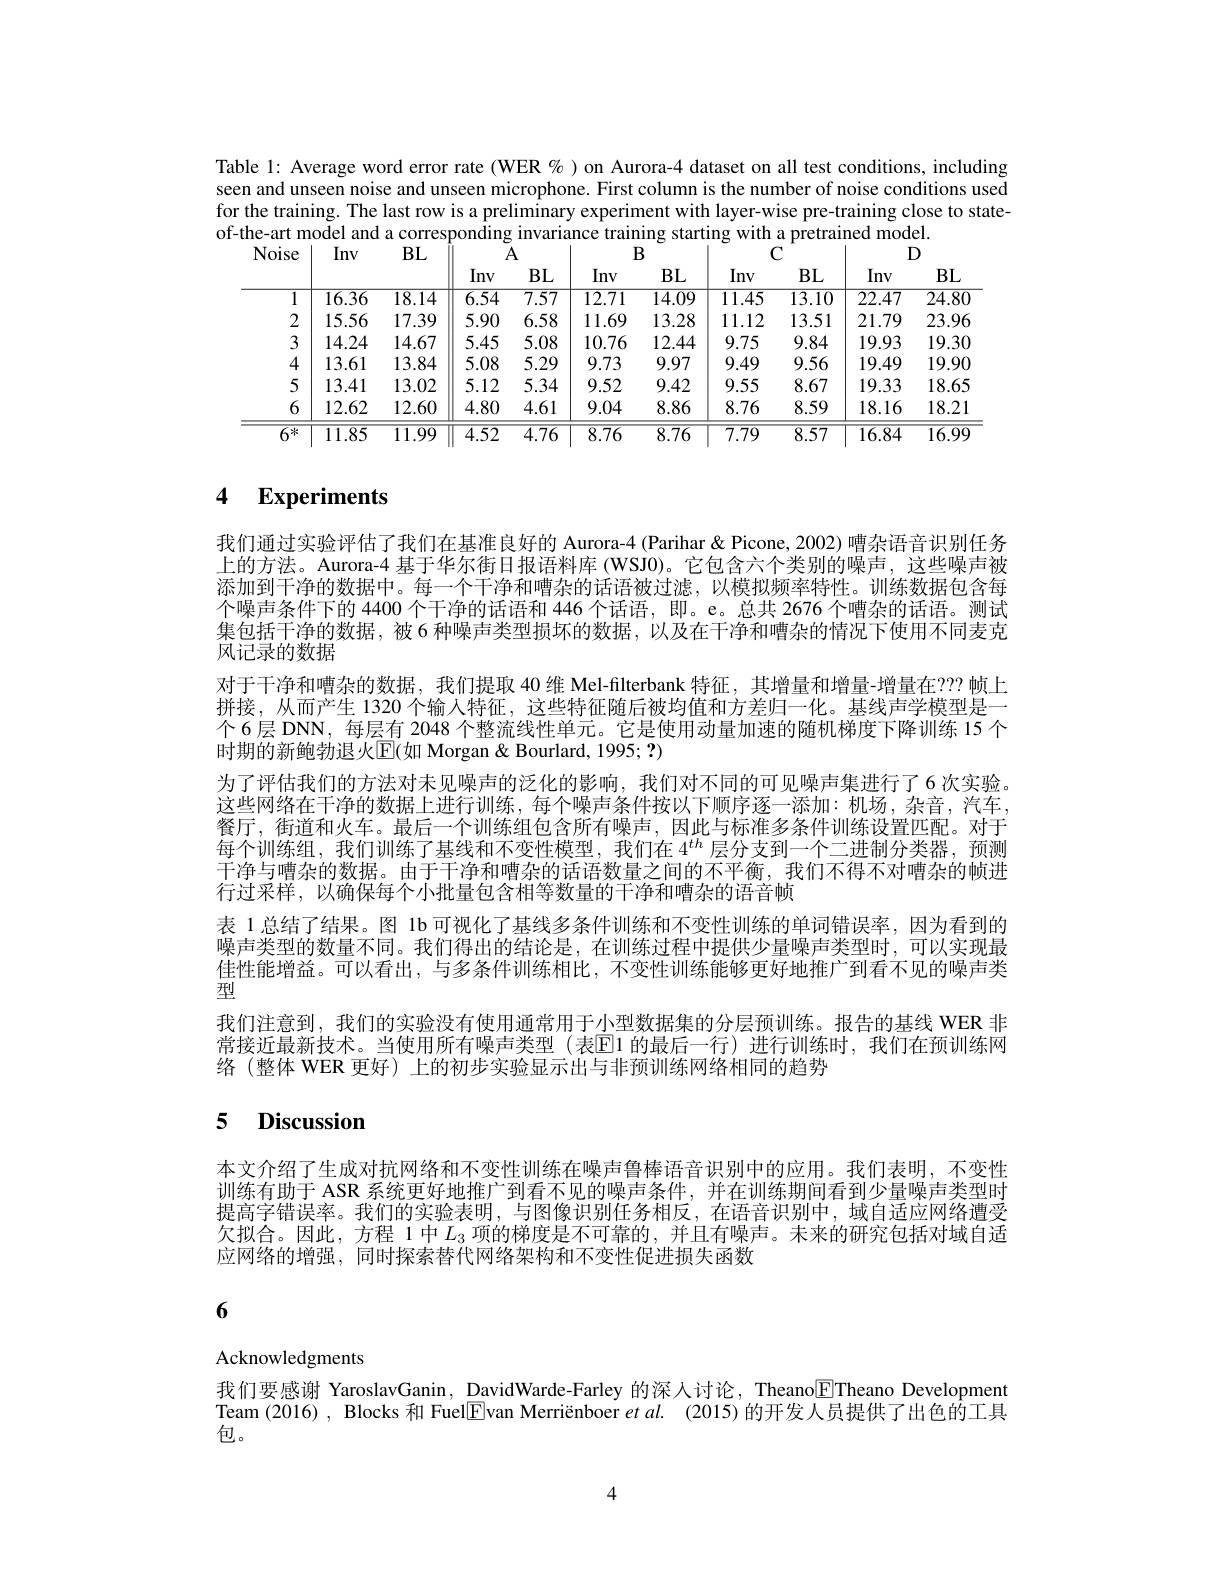
Table 1: Average word error rate (WER $\%$ ) on Aurora-4 dataset on all test conditions, including seen and unseen noise and unseen microphone. First column is the number of noise conditions used for the training. The last row is a preliminary experiment with layer-wise pre-training close to stateof-the-art model and a corresponding invariance training starting with a pretrained model

<table>
	<tbody>
		<tr>
			<th rowspan="2">Noise</th>
			<th rowspan="2">Inv</th>
			<th rowspan="2">$BL$</th>
			<th colspan="2">A</th>
			<th colspan="2">$B$</th>
			<th colspan="2">$C$</th>
			<th colspan="2">$D$</th>
		</tr>
		<tr>
			<th>Inv</th>
			<th>$BL$</th>
			<th>Inv</th>
			<th>$BL$</th>
			<th>Inv</th>
			<th>$BL$</th>
			<th>Inv</th>
			<th>$BL$</th>
		</tr>
		<tr>
			<td>1</td>
			<td>$\overline{16.36}$</td>
			<td>18.14</td>
			<td>$\overline{6.54}$</td>
			<td>$\overline{7.57}$</td>
			<td>12.71</td>
			<td>$\overline{14.09}$</td>
			<td>$\overline{11.45}$</td>
			<td>$\overline{13.10}$</td>
			<td>22.47</td>
			<td>$\overline{24.80}$</td>
		</tr>
		<tr>
			<td>2</td>
			<td>15.56</td>
			<td>17.39</td>
			<td>5.90</td>
			<td>6.58</td>
			<td>11.69</td>
			<td>13.28</td>
			<td>11.12</td>
			<td>13.51</td>
			<td>21.79</td>
			<td>23.96</td>
		</tr>
		<tr>
			<td>3</td>
			<td>14.24</td>
			<td>14.67</td>
			<td>5.45</td>
			<td>5.08</td>
			<td>10.76</td>
			<td>12.44</td>
			<td>9.75</td>
			<td>9.84</td>
			<td>19.93</td>
			<td>19.30</td>
		</tr>
		<tr>
			<td>4</td>
			<td>13.61</td>
			<td>13.84</td>
			<td>5.08</td>
			<td>5.29</td>
			<td>9.73</td>
			<td>9.97</td>
			<td>9.49</td>
			<td>9.56</td>
			<td>19.49</td>
			<td>19.90</td>
		</tr>
		<tr>
			<td>5</td>
			<td>13.41</td>
			<td>13.02</td>
			<td>5.12</td>
			<td>5.34</td>
			<td>9.52</td>
			<td>9.42</td>
			<td>9.55</td>
			<td>8.67</td>
			<td>19.33</td>
			<td>18.65</td>
		</tr>
		<tr>
			<td>6</td>
			<td>12.62</td>
			<td>12.60</td>
			<td>4.80</td>
			<td>4.61</td>
			<td>9.04</td>
			<td>8.86</td>
			<td>8.76</td>
			<td>8.59</td>
			<td>18.16</td>
			<td>18.21</td>
		</tr>
		<tr>
			<td>6米 </td>
			<td>$\overline{11.85}$</td>
			<td>$\overline{11.99}$</td>
			<td>$\overline{4.52}$</td>
			<td>$\overline{4.76}$</td>
			<td>$\overline{8.76}$</td>
			<td>$\overline{8.76}$</td>
			<td>$\overline{7.79}$</td>
			<td>$\overline{8.57}$</td>
			<td>$\overline{16.84}$</td>
			<td>$\overline{16.99}$</td>
		</tr>
	</tbody>
</table>

## 4 $\textbf{Experiments}$

我们通过实验评估了我们在基准良好的 Aurora-4 (Parihar & Picone, 2002) 嘈杂语音识别任务上的方法。Aurora-4 基于华尔街日报语料库 (WSJ0)。它包含六个类别的噪声，这些噪声被添加到干净的数据中。每一个干净和嘈杂的话语被过滤，以模拟频率特性。训练数据包含每个噪声条件下的 4400 个干净的话语和 446 个话语，即。e。总共 2676 个嘈杂的话语。测试集包括干净的数据，被 6 种噪声类型损坏的数据，以及在干净和嘈杂的情况下使用不同麦克风记录的数据
对于干净和嘈杂的数据，我们提取 40 维 Mel-filterbank 特征，其增量和增量-增量在？?? 帧上拼接，从而产生 1320 个输入特征，这些特征随后被均值和方差归一化。基线声学模型是一个6层 DNN, 每层有 2048 个整流线性单元。它是使用动量加速的随机梯度下降训练 15 个时期的新鲍勃退火$\operatorname{E}$(如 Morgan & Bourlard, 1995; ?)
为了评估我们的方法对未见噪声的泛化的影响，我们对不同的可见噪声集进行了6次实验。这些网络在干净的数据上进行训练，每个噪声条件按以下顺序逐一添加：机场，杂音，汽车， 餐厅，街道和火车。最后一个训练组包含所有噪声，因此与标准多条件训练设置匹配。对于每个训练组，我们训练了基线和不变性模型，我们在$4^{th}$层分支到一个二进制分类器，预测干净与嘈杂的数据。由于干净和嘈杂的话语数量之间的不平衡，我们不得不对嘈杂的帧进行过采样，以确保每个小批量包含相等数量的干净和嘈杂的语音帧
表 1总结了结果。图 1b 可视化了基线多条件训练和不变性训练的单词错误率，因为看到的噪声类型的数量不同。我们得出的结论是，在训练过程中提供少量噪声类型时，可以实现最佳性能增益。可以看出，与多条件训练相比，不变性训练能够更好地推广到看不见的噪声类型
我们注意到，我们的实验没有使用通常用于小型数据集的分层预训练。报告的基线 WER 非常接近最新技术。当使用所有噪声类型(表$\overline{\mathrm{E}}$1 的最后一行)进行训练时，我们在预训练网络(整体 WER 更好) 上的初步实验显示出与非预训练网络相同的趋势

# 5 Discussion

本文介绍了生成对抗网络和不变性训练在噪声鲁棒语音识别中的应用。我们表明，不变性训练有助于 ASR 系统更好地推广到看不见的噪声条件，并在训练期间看到少量噪声类型时提高字错误率。我们的实验表明，与图像识别任务相反，在语音识别中，域自适应网络遭受欠拟合。因此，方程 1 中$L_3$项的梯度是不可靠的，并且有噪声。未来的研究包括对域自适应网络的增强，同时探索替代网络架构和不变性促进损失函数

# 6

Acknowledgments

我们要感谢 YaroslavGanin, DavidWarde-Farley 的深人讨论，Theano$\boxed{\mathrm{F}}$Theano Development Team (2016) , Blocks 和 Fuel$\boxed{\mathrm{E}}$van Merriënboer et al. (2015) 的开发人员提供了出色的工具包。

4